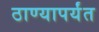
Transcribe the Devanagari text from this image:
ठाण्यापर्यंत